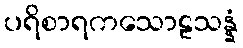
ပရိစာရကသောဠသန္နံ